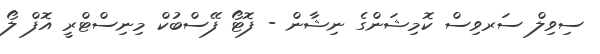
ސިވިލް ސަރވިސް ކޮމިޝަންގެ ނިޝާން - ފޮޓޯ ފޭސްބުކް މިނިސްޓްރީ އޮފް ލޯ